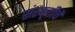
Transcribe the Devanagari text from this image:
संस्कृतीचें